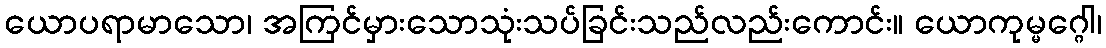
ယောပရာမာသော၊ အကြင်မှားသောသုံးသပ်ခြင်းသည်လည်းကောင်း။ ယောကုမ္မဂ္ဂေါ၊